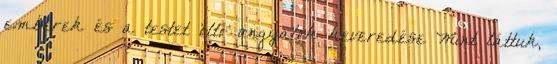
emberek és a testet öltő angyalok keveredése Mint láttuk,